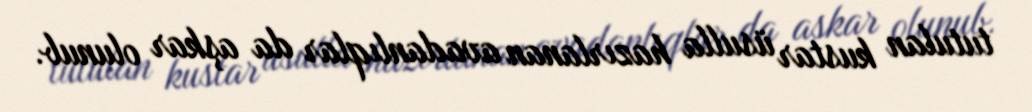
tutulan kustar üsulla hazırlanan avadanlıqlar da aşkar olunub.